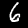
Label: 6